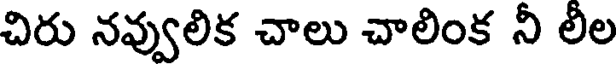
చిరు నవ్వులిక చాలు చాలింక నీ లీల